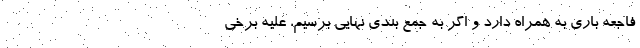
فاجعه باری به همراه دارد و اگر به جمع بندی نهایی برسیم، علیه برخی